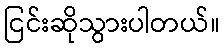
ငြင်းဆိုသွားပါတယ်။